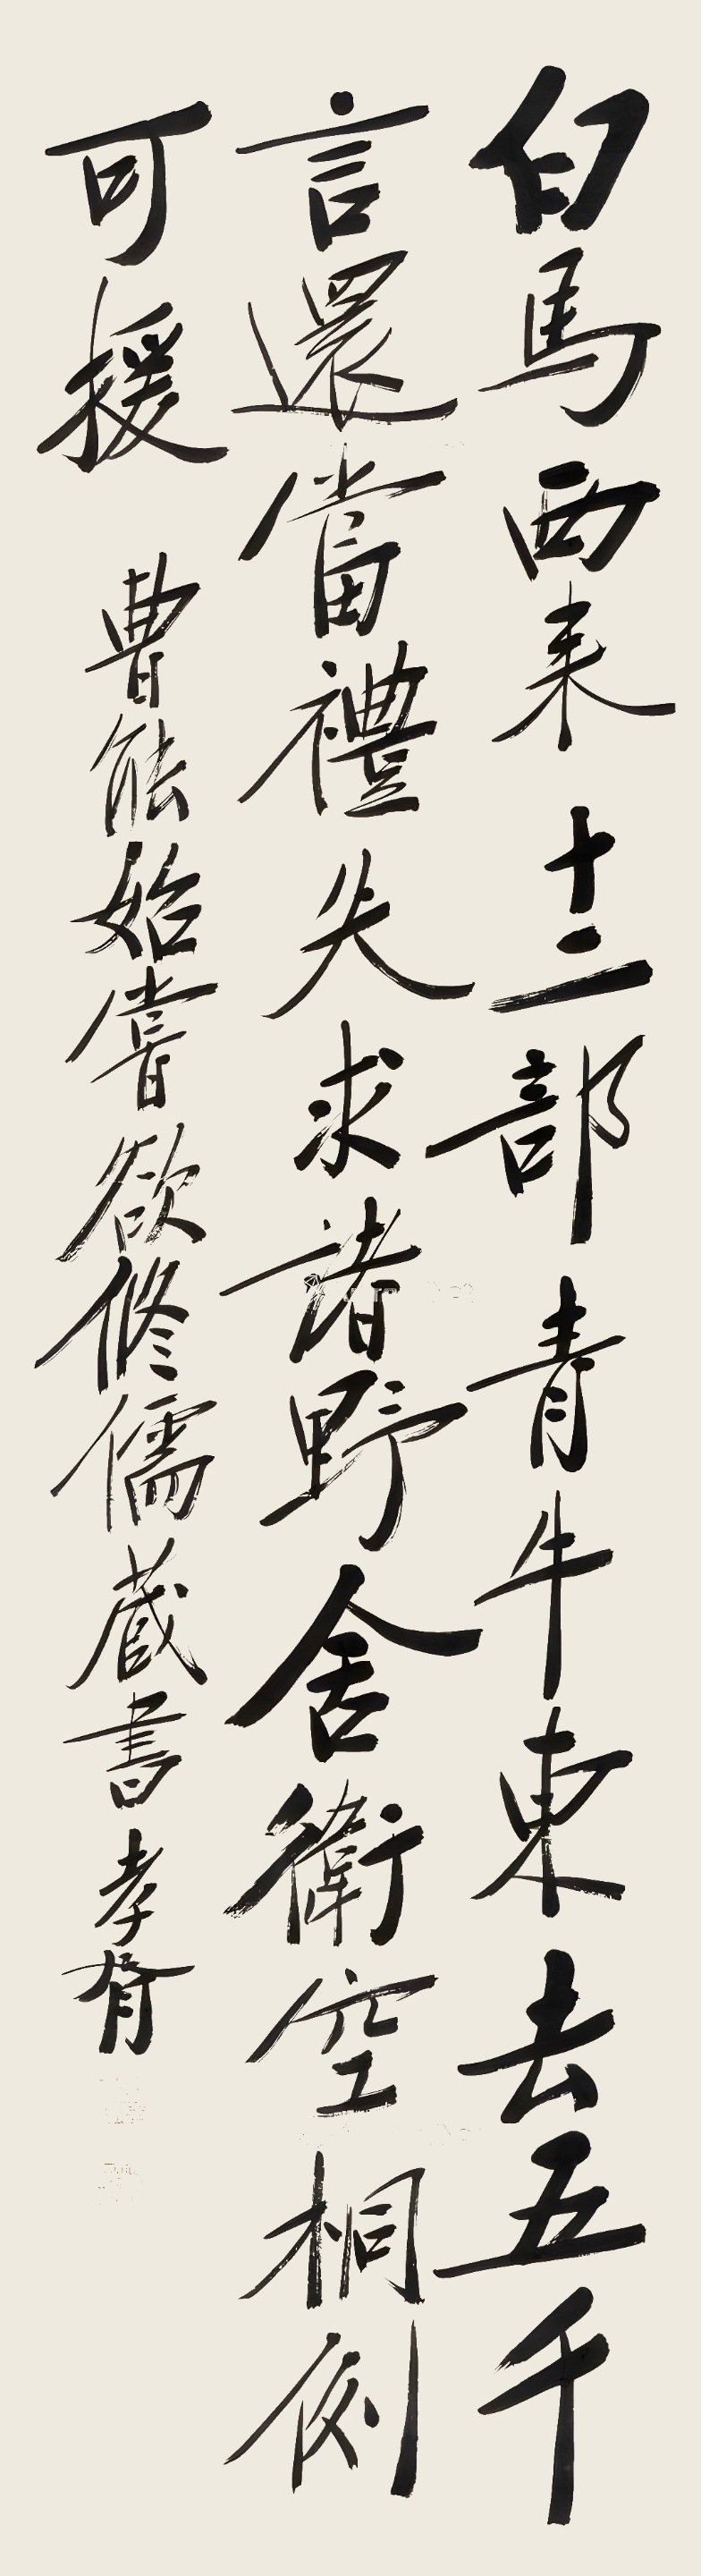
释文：白马西来十二部，青牛东去五千言。还当礼失求诸野，舍卫空桐例可援。曹能始尝欲修儒藏书，孝胥。